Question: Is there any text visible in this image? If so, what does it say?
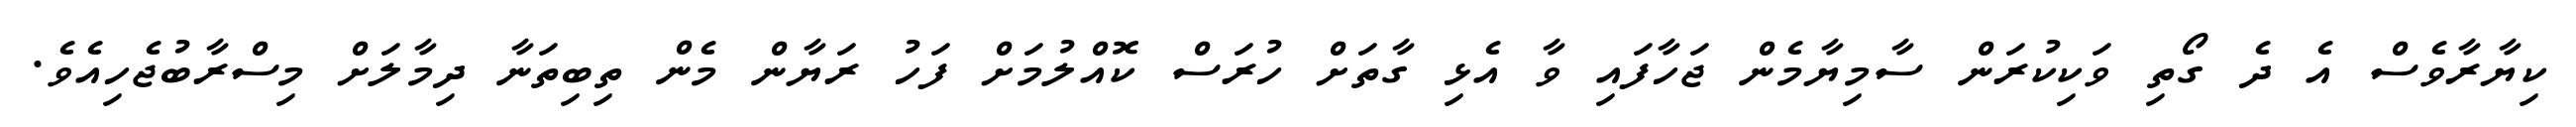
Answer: ކިޔާރާވެސް އެ ދެ ގޯތި ވަކިކުރަން ސާމިޔާމެން ޖަހާފައި ވާ އެޅި ގާތަށް ހުރަސް ކޮއްލުމަށް ފަހު ރަޔާން މެން ތިބިތަނާ ދިމާލަށް މިސްރާބުޖެހިއެވެ.